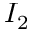
I _ { 2 }